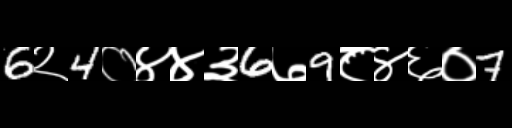
Text: 6२4०४४३6७9८४६०7